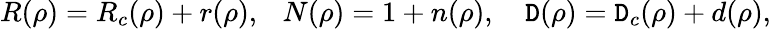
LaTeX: R(\rho)=R_{c}(\rho)+r(\rho),~~~N(\rho)=1+n(\rho),~~~~\mathtt{D}(\rho)=\mathtt{D}_{c}(\rho)+d(\rho),